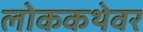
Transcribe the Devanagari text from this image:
लोककथेवर